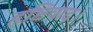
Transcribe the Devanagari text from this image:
हृष्टिवाद।